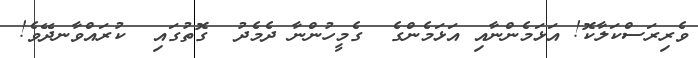
ވެރިރަސްކަލާކޮ! އަޅަމެންނާއި އަޅަމެންގެ  ގެމީހުންނާ ދެމެދު  ގޮތުގައި  ކުރައްވާނދޭވެ!